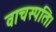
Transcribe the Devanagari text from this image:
वाचस्‍पति।